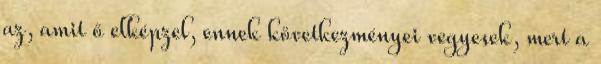
az, amit ő elképzel, ennek következményei vegyesek, mert a